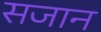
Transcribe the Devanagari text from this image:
सजान